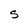
Character: S